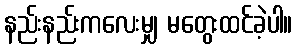
နည်းနည်းကလေးမျှ မတွေးထင်ခဲ့ပါ။